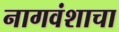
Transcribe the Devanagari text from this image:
नागवंशाचा